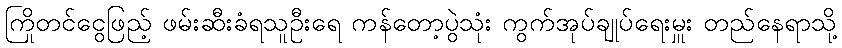
ကြိုတင်ငွေဖြည့် ဖမ်းဆီးခံရသူဦးရေ ကန်တော့ပွဲသုံး ကွက်အုပ်ချုပ်ရေးမှူး တည်နေရာသို့